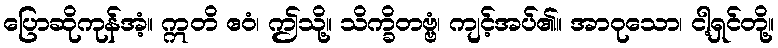
ပြောဆိုကုန်အံ့။ ဣတိ ဧဝံ၊ ဤသို့။ သိက္ခိတဗ္ဗံ၊ ကျင့်အပ်၏။ အာဝုသော၊ ငါ့ရှင်တို့။